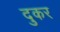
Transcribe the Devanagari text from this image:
दुकर